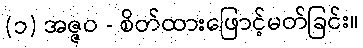
(၁) အဇ္ဇဝ - စိတ်ထားဖြောင့်မတ်ခြင်း။